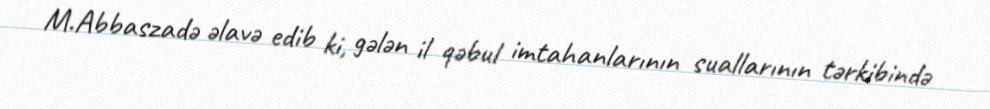
M.Abbaszadə əlavə edib ki, gələn il qəbul imtahanlarının suallarının tərkibində